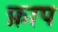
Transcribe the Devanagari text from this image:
फ्राप